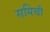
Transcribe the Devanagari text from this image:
समिची